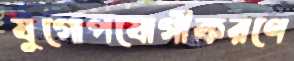
যুগোপযোগীকরণে